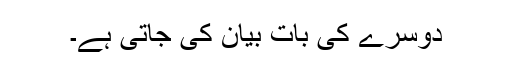
دوسرے کی بات بیان کی جاتی ہے۔